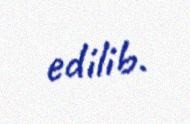
edilib.